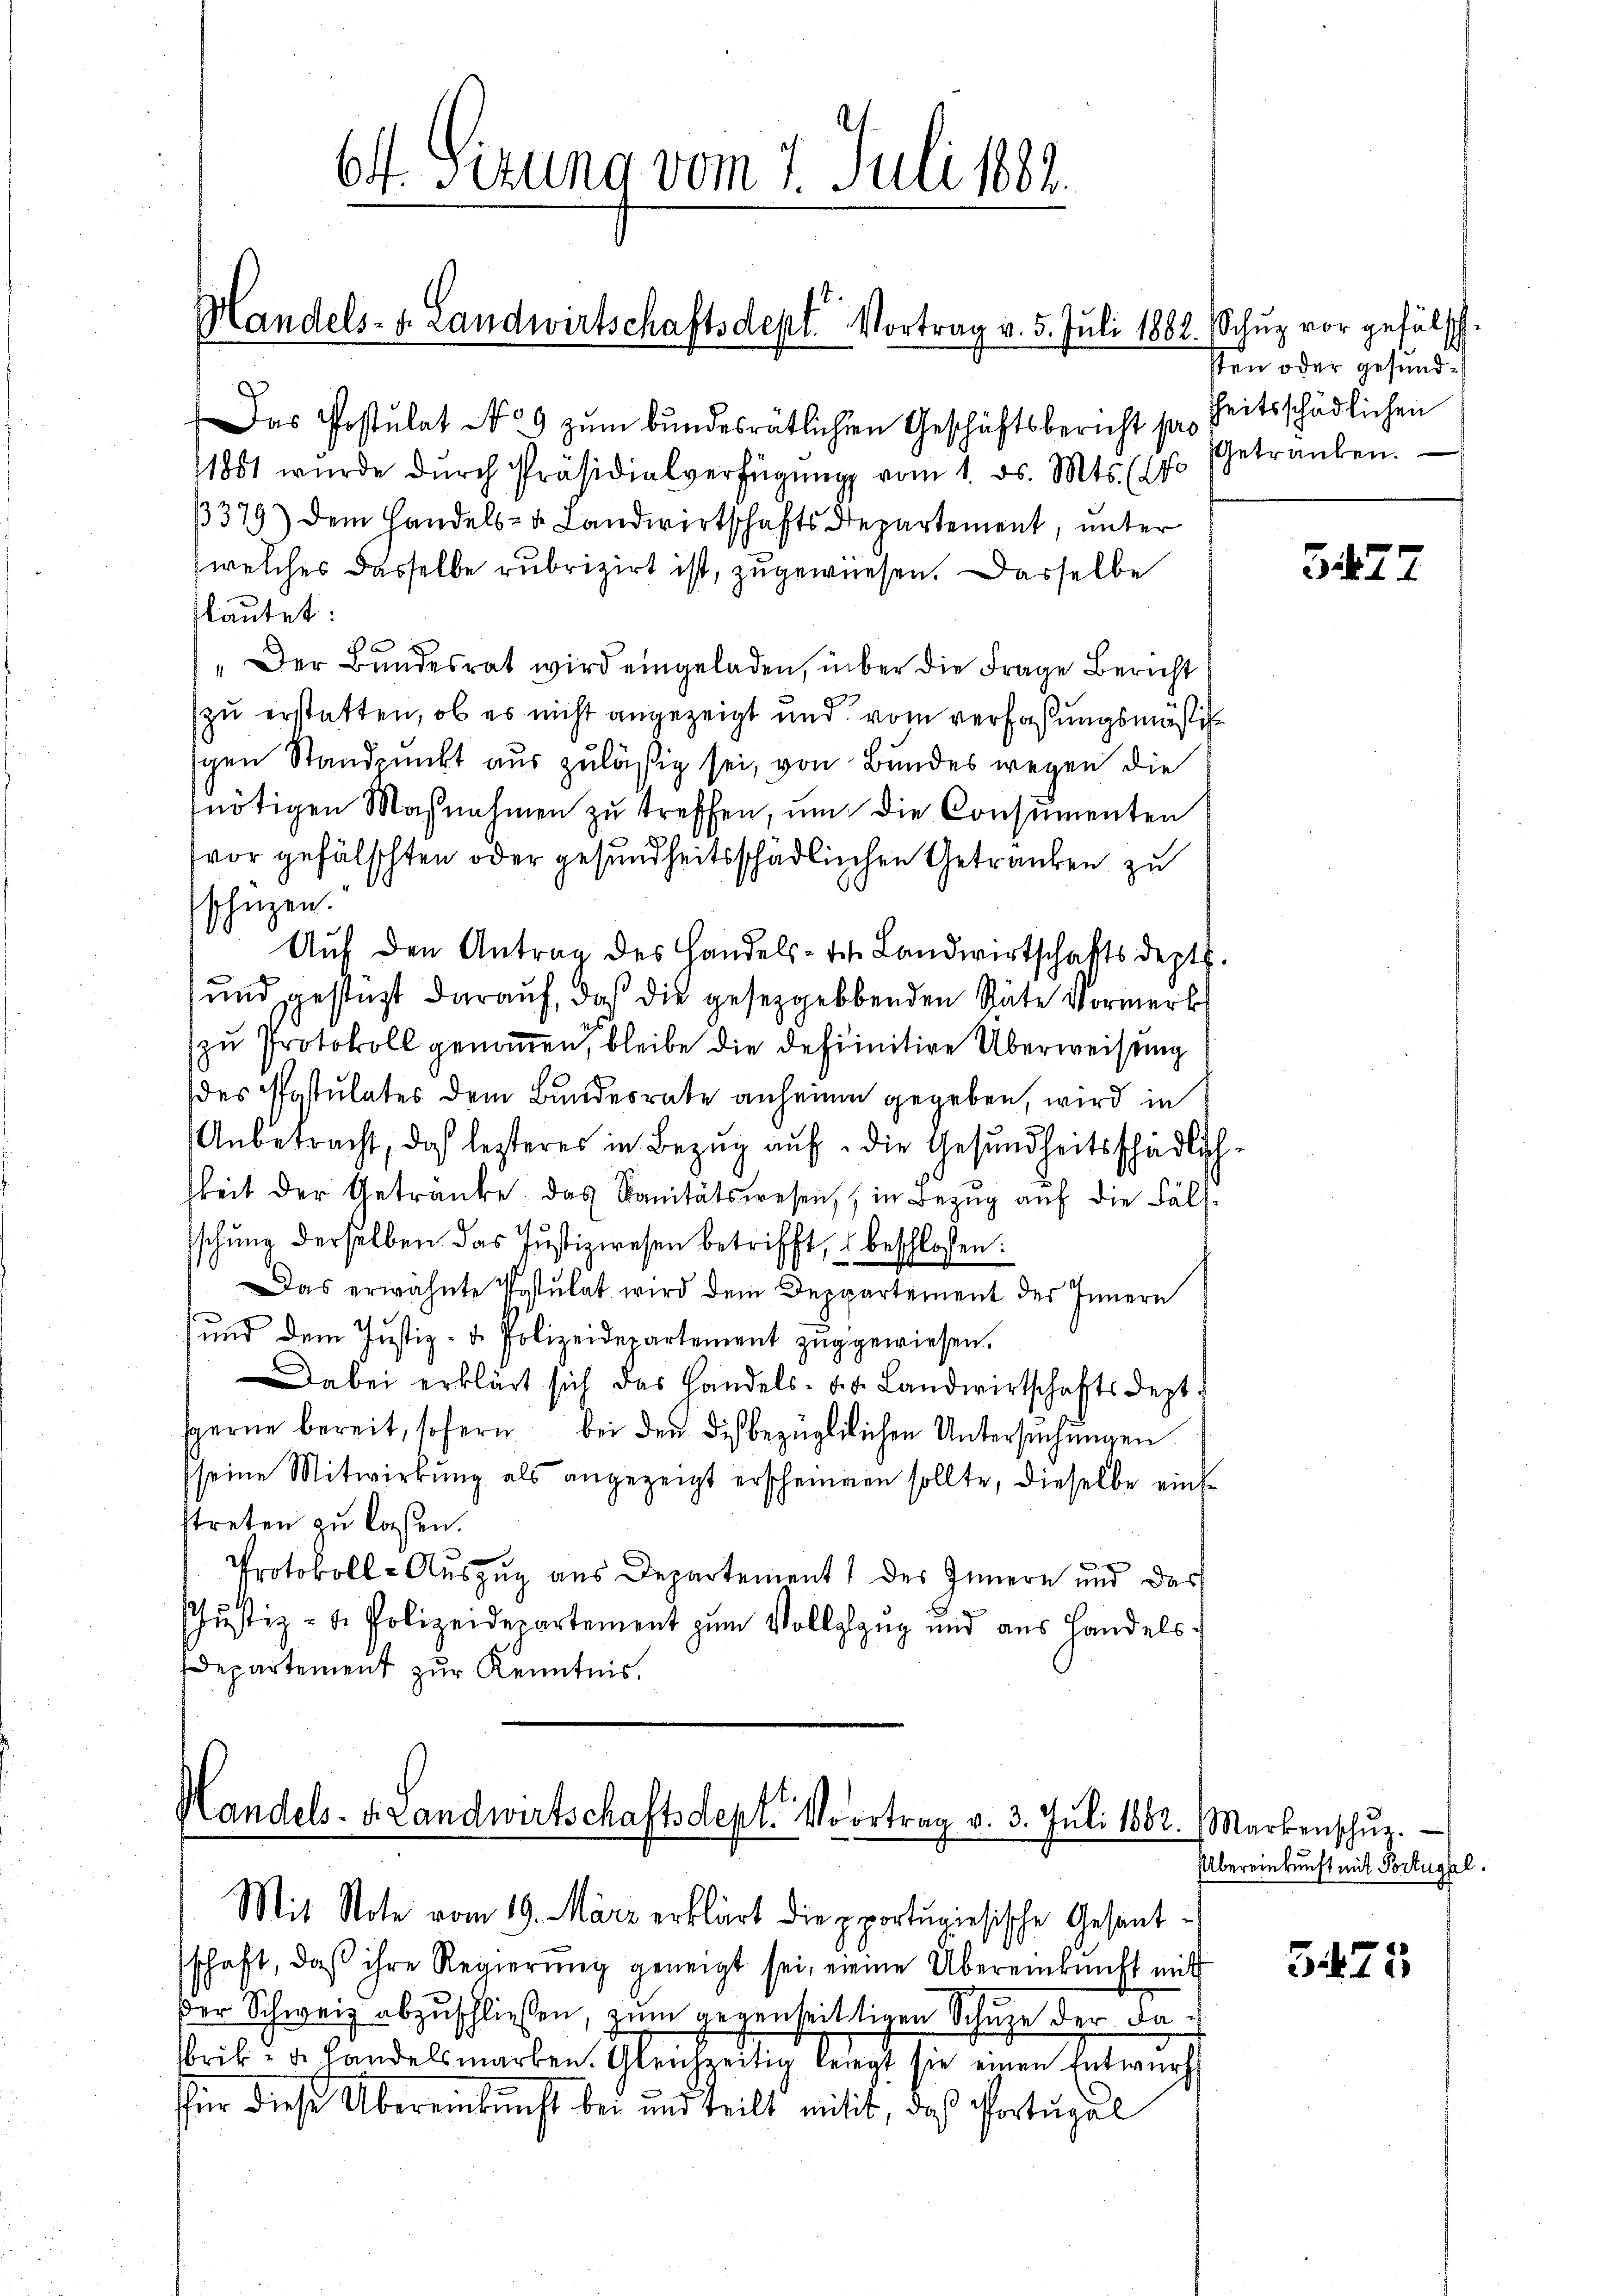
64. Sizung vom 7. Juli 1882.

Handels- u. Landwirtschaftsdept. Vortrag v. 5. Juli 1882. Schŭz vor gefälsch

Das Postulat No 9 zŭm bundesrätlichen Geschäftsbericht so heitsschädlichen
1851 wurde durch Präsidialverfügung vom 1. ds. Mts. (14
3379) Dem Handels- u. Landwirtschafts Departement, unter
welches dasselbe rubrizirt ist, zugewiesen. Dasselbe
tlautet:
c
"Der Bundesrat wird eingeladen, über die Frage Bericht
zu erstatten, ob es nicht angezeigt und vom verfaßungsmäßig
gen Standpunkt aus zuläßig sei, von Bundes wegen die
nötigen Maßnahmen zŭ treffen, um die Consumenten
vor gefälschten oder gesundheitsschädlichen Getranken zu
schuzen.
Auf den Antrag des Handels- des Landwirtschaftsdept.
und gestüzt darauf, daß die gesetzgebenden Stäte Vormerk
zu Protokoll genommen, bleibe die definitive Überweisung
des Postulates dem Bundesrate anheim gegeben, wird in
Anbetracht, das lezteres in Bezug auf die Gesundheitsschädlich
keit der Getränke das Sanitätswesen, in Bezŭg aŭf die Fäls-
sschung derselben das Justizwesen betrifft, beschlossen:
Das erwähnte Postulat wird dem Deppartement des Innern
und dem Justiz- u. Polizeidepartement zugewiesen.
Dabei erklärt sich das Handels- u. s. Landwirtschaftsdept.
serne bereit, sofern bei den diesbezüglilichen Untersŭchŭngen
seine Mitwirkŭng als angezeigt erscheinen sollte, dieselbe ein
treten zu lassen.
.
Protokoll-Auszug aus Departement des Innern und das
JJustiz- & Polizeidepartement zum Vollgang und aus Landels¬
Departement zur Kenntnis.

Handels-Brandwirtschaftsdept. Vortrag v. 3. Juli 1882. Markenschŭz.
Mit Note vom 19. März erklärt die pportugisische Gesant¬

sschaft, daß ihre Regierung geneigt sei, meine Übereinkunft mit
der Schweiz abzuschließen, zum gegenheittigen Schuze der dabrik- u. handelsmarken. Gleichzeitig beregt sie einen Entwurf
für diese Übereinkunft bei und teilt mitit, daß Portugal

sten oder gesund
Getranken.

e

3477

Übereinkunft mit Portugal.

3475